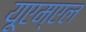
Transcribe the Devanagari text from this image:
यूएम्एल